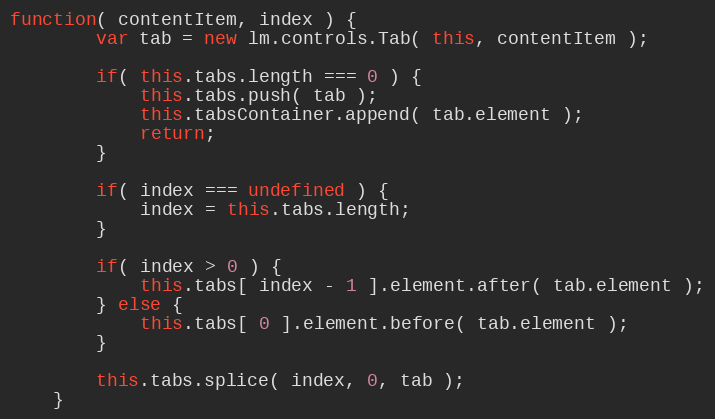
Language: JavaScript
function( contentItem, index ) {
		var tab = new lm.controls.Tab( this, contentItem );

		if( this.tabs.length === 0 ) {
			this.tabs.push( tab );
			this.tabsContainer.append( tab.element );
			return;
		}

		if( index === undefined ) {
			index = this.tabs.length;
		}

		if( index > 0 ) {
			this.tabs[ index - 1 ].element.after( tab.element );
		} else {
			this.tabs[ 0 ].element.before( tab.element );
		}

		this.tabs.splice( index, 0, tab );
	}